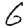
Digit: 6